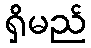
ရှိမည်